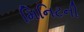
મિનિટની